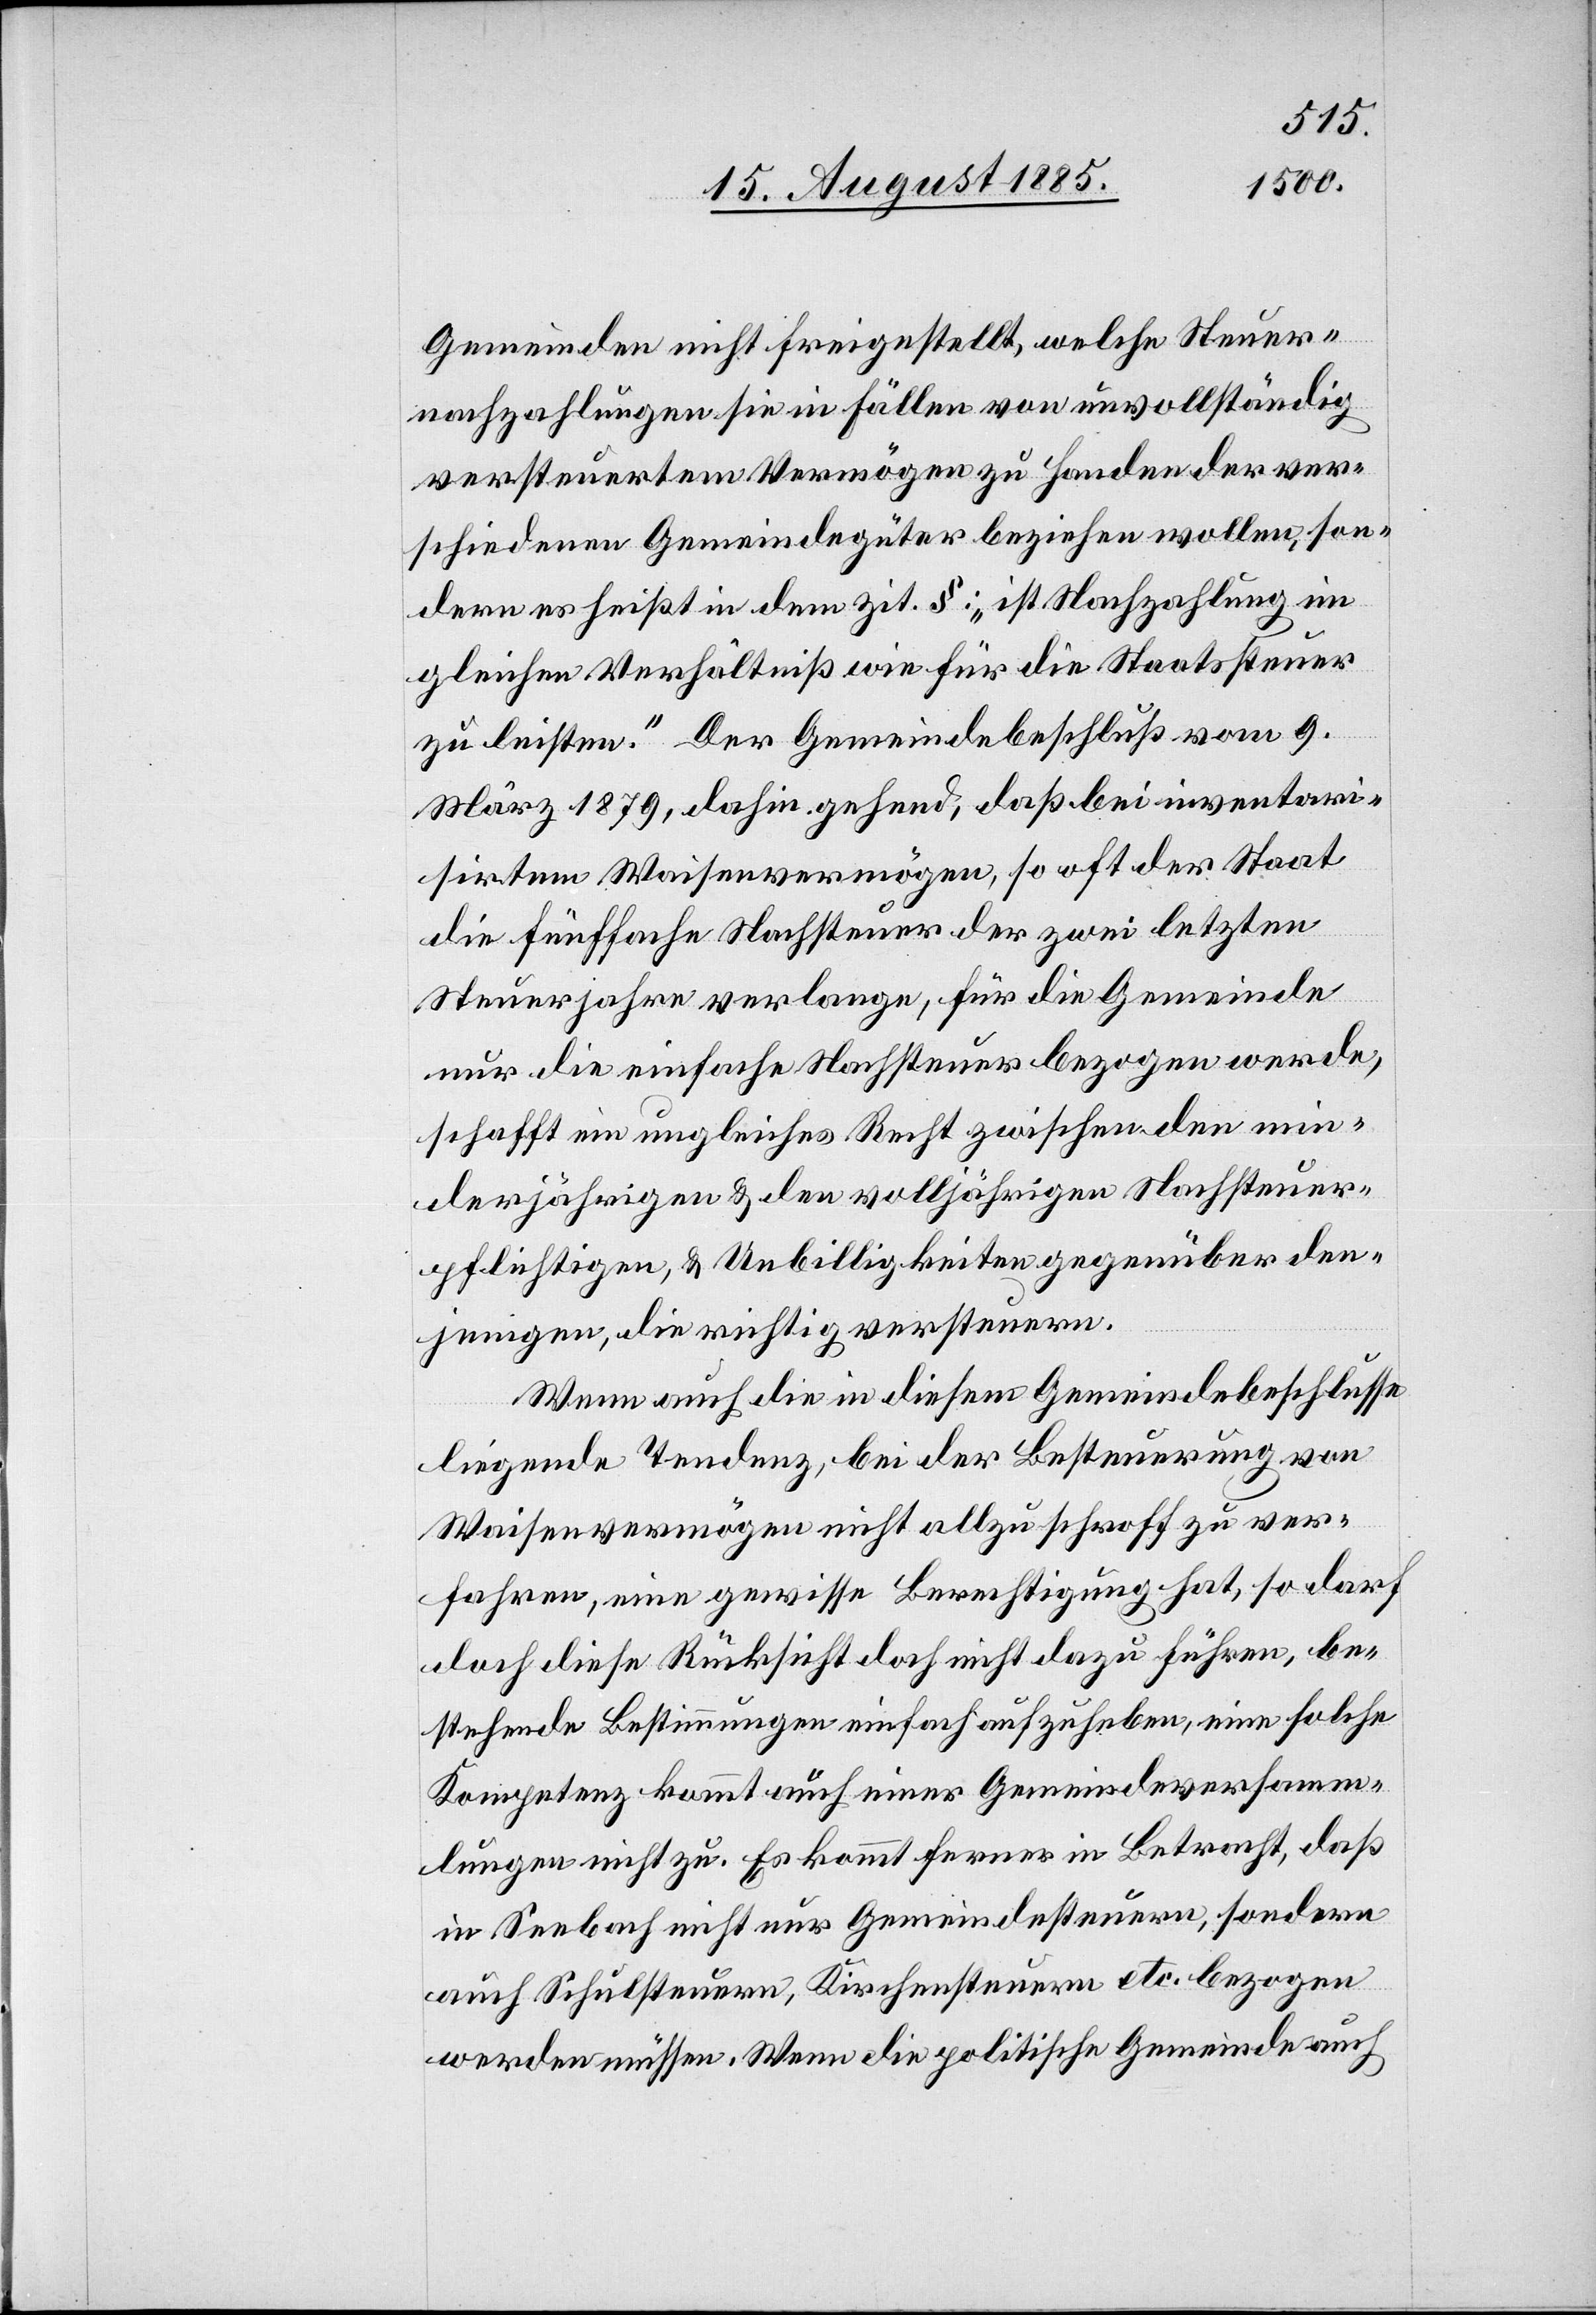
Gemeinden nicht freigestellt, welche Steuer¬
nachzahlungen sie in Fällen von unvollständig
versteuertem Vermögen zu Handen der ver¬
schiedenen Gemeindegüter beziehen wollen, son¬
dern es heißt in dem zit. §: „ist Nachzahlung im
gleichen Verhältniß wie für die Staatssteuer
zu leisten.“ Der Gemeindebeschluß vom 9.
März 1879, dahin gehend, daß bei inventari¬
sirtem Waisenvermögen, so oft der Staat
die fünffache Nachsteuer der zwei letzten
Steuerjahre verlange, für die Gemeinde
nur die einfache Nachsteuer bezogen werde,
schafft ein ungleiches Recht zwischen den min¬
derjährigen & den volljährigen Nachsteuer¬
pflichtigen, & Unbilligkeiten gegenüber den¬
jenigen, die richtig versteuern.
Wenn auch die in diesem Gemeindebeschlusse
liegende Tendenz, bei der Besteuerung von
Waisenvermögen nicht allzu schroff zu ver¬
fahren, eine gewisse Berechtigung hat, so darf
doch diese Rücksicht doch nicht dazu führen, be¬
stehende Bestimmungen einfach aufzuheben, eine solche
Kompetenz kommt auch einer Gemeindeversamm¬
lungen [sic!] nicht zu. Es kommt ferner in Betracht, daß
in Seebach nicht nur Gemeindesteuern, sondern
auch Schulsteuern, Kirchensteuern etc. bezogen
werden müssen. Wenn die politische Gemeinde auch